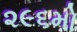
૨૯૬મો